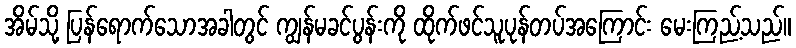
အိမ်သို့ ပြန်ရောက်သောအခါတွင် ကျွန်မခင်ပွန်းကို ထိုက်ဖင်သူပုန်တပ်အကြောင်း မေးကြည့်သည်။